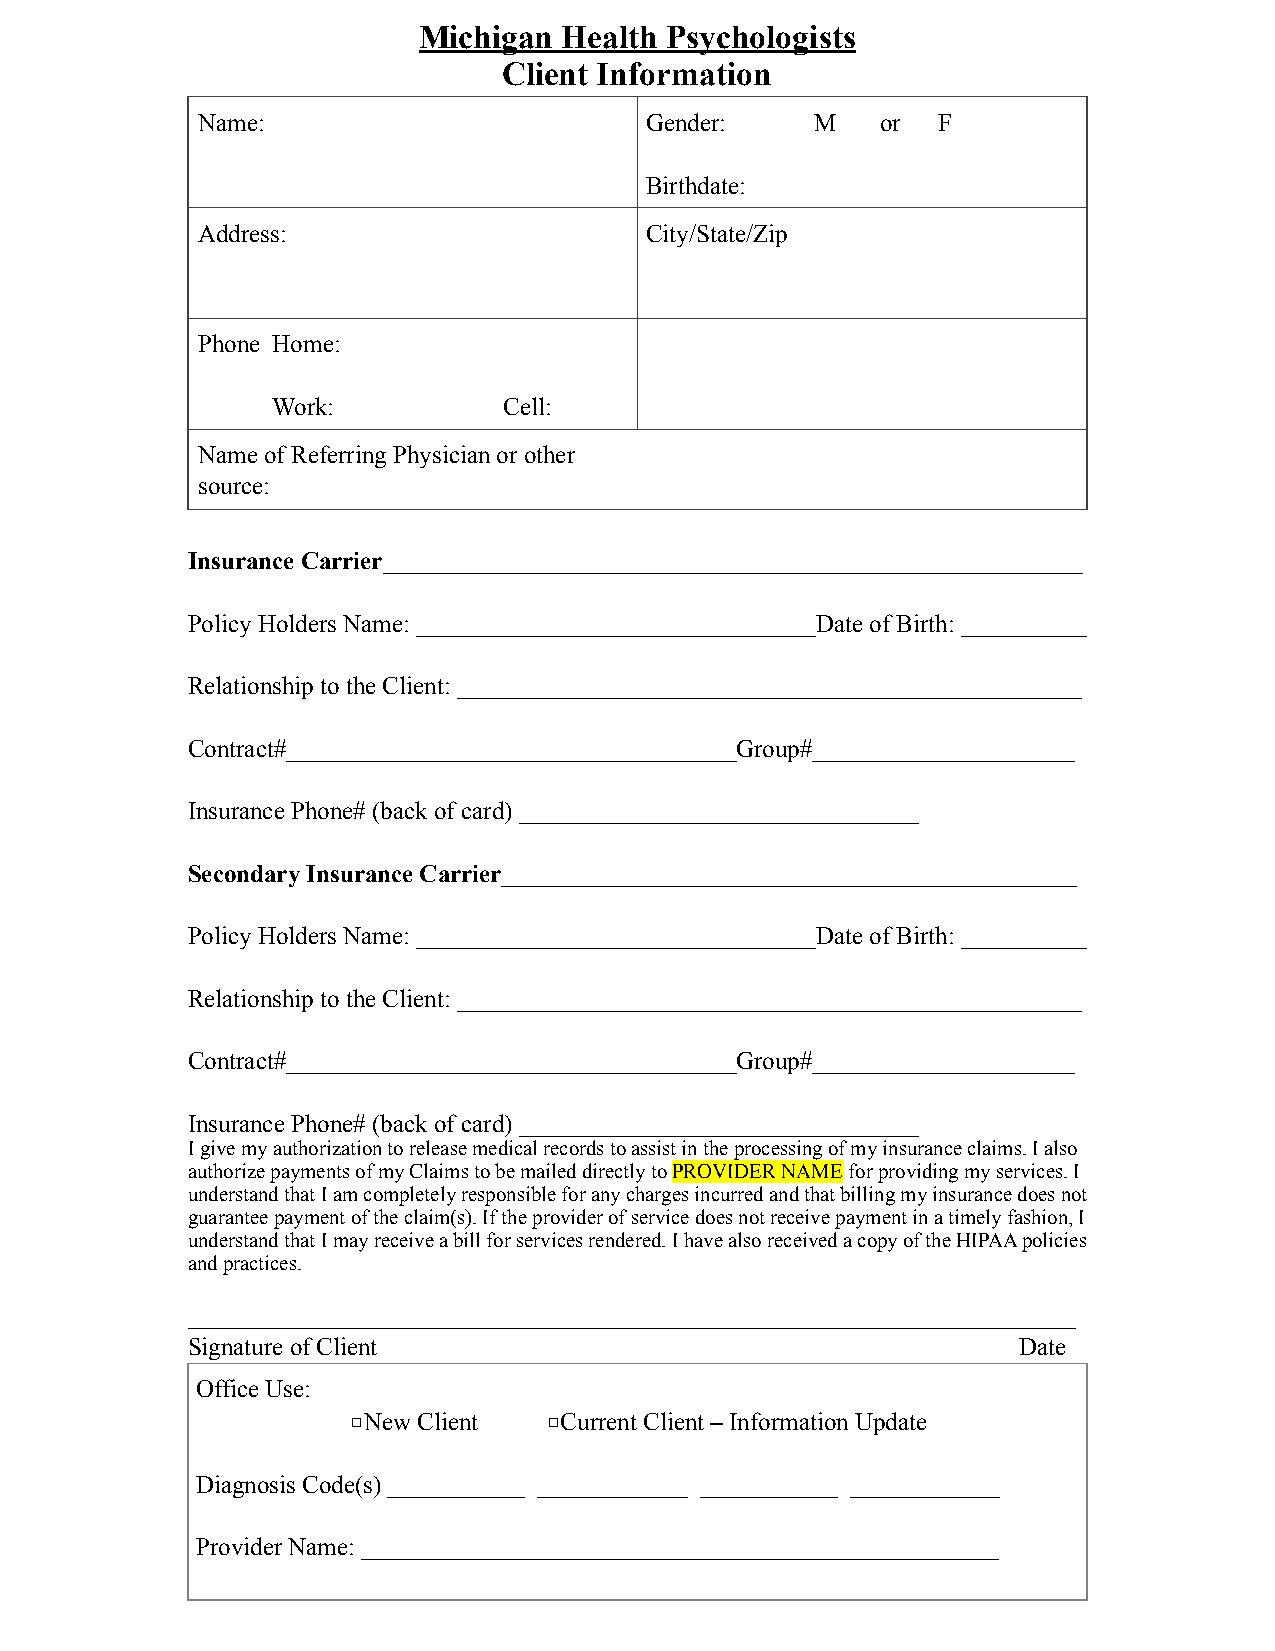
Michigan Health Psychologists
 Client Information
 Name:                         Gender:    M   or  F
 Birthdate:
 Address:                      City/State/Zip
 Phone Home:
 Work:          Cell:
 Name of Referring Physician or other
 source:
 Insurance Carrier________________________________________________________
 Policy Holders Name: ________________________________Date of Birth: __________
 Relationship to the Client: __________________________________________________
 Contract#____________________________________Group#_____________________
 Insurance Phone# (back of card) ________________________________
 Secondary Insurance Carrier______________________________________________
 Policy Holders Name: ________________________________Date of Birth: __________
 Relationship to the Client: __________________________________________________
 Contract#____________________________________Group#_____________________
 Insurance Phone# (back of card) ________________________________
 I give my authorization to release medical records to assist in the processing of my insurance claims. I also
 authorize payments of my Claims to be mailed directly to PROVIDER NAME for providing my services. I
 understand that I am completely responsible for any charges incurred and that billing my insurance does not
 guarantee payment of the claim(s). If the provider of service does not receive payment in a timely fashion, I
 understand that I may receive a bill for services rendered. I have also received a copy of the HIPAA policies
 and practices.
 _______________________________________________________________________
 Signature of Client                                    Date
 Office Use:
 □New Client  □Current Client – Information Update
 Diagnosis Code(s) ___________ ____________ ___________ ____________
 Provider Name: ___________________________________________________